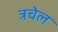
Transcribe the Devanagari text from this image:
त्रचेल